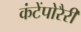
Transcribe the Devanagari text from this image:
कंटेंपोरैरी